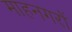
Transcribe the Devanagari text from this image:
माहनगरों